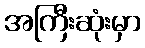
အကြီးဆုံးမှာ